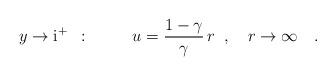
LaTeX: \begin{align*}y\to\mbox{i}^+\;\; :\;\;\qquad u=\frac{1-\gamma}{\gamma}\,r\;\; ,\quad r\to\infty \quad .\end{align*}